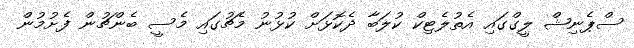
ސްޕެނިޝް ލީގްގައި އެތުލެޓިކް ކުލަބާ ދެކޮޅަށް ކުޅުނު މެޗުގައި މެސީ ބެންޗުން ފެށުމުން